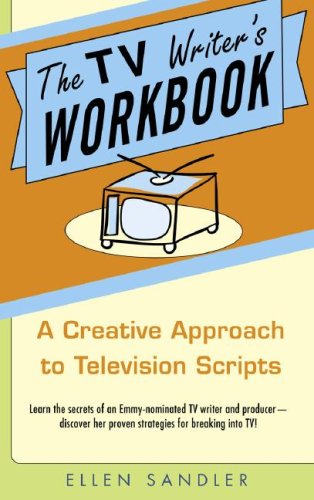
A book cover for The TV Writer's Workbook: A Creative Approach To Television Scripts; Ellen Sandler; Humor & Entertainment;